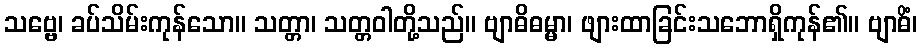
သဗ္ဗေ၊ ခပ်သိမ်းကုန်သော။ သတ္တာ၊ သတ္တဝါတို့သည်။ ဗျာဓိဓမ္မာ၊ ဖျားထာခြင်းသဘောရှိကုန်၏။ ဗျာဓိံ၊